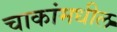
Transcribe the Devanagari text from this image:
चाकांमधील